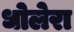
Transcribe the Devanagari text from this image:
धोलेरा